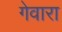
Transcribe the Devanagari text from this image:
गेवारा